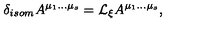
\delta _ { i s o m } A ^ { \mu _ { 1 } \ldots \mu _ { s } } = { \cal L } _ { \xi } A ^ { \mu _ { 1 } \ldots \mu _ { s } } ,